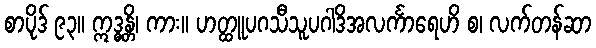
စာပိုဒ် ၉၃။ ဣဒ္ဓန္တိ၊ ကား။ ဟတ္ထူပဂသီသူပဂါဒိအလင်္ကာရေဟိ စ၊ လက်တန်ဆာ